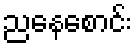
ညနေစောင်း